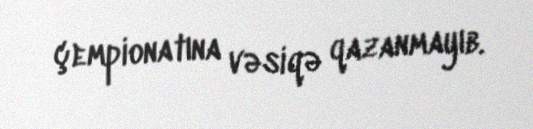
çempionatına vəsiqə qazanmayıb.